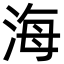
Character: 海